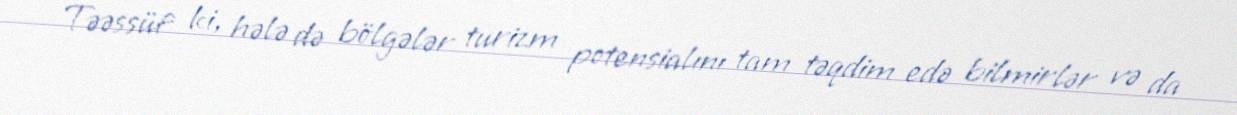
Təəssüf ki, hələ də bölgələr turizm potensialını tam təqdim edə bilmirlər və da